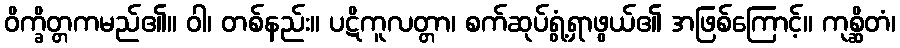
ဝိက္ခိတ္တကမည်၏။ ဝါ၊ တစ်နည်း။ ပဋိကူလတ္တာ၊ စက်ဆုပ်ရွံ့ရှာဖွယ်၏ အဖြစ်ကြောင့်။ ကုစ္ဆိတံ၊